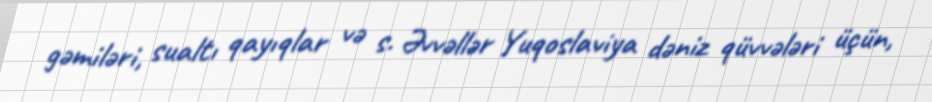
gəmiləri, sualtı qayıqlar və s. Əvvəllər Yuqoslaviya dəniz qüvvələri üçün,